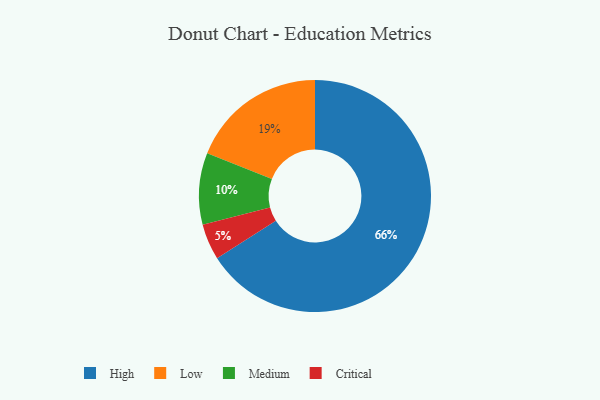
{"axis": {"x": "Category", "y": "Percentage"}, "legend": ["Critical", "High", "Low", "Medium"], "data": [{"x": "Critical", "y": 5, "type": "Critical"}, {"x": "High", "y": 66, "type": "High"}, {"x": "Medium", "y": 10, "type": "Medium"}, {"x": "Low", "y": 19, "type": "Low"}]}